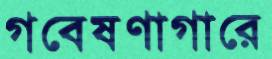
গবেষণাগারে